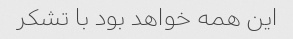
این همه خواهد بود با تشکر